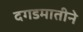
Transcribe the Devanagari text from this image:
दगडमातीने